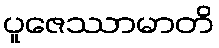
ပူဇေဿာမာတိ